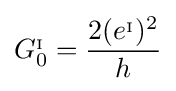
G_{0}^{_{\mathrm {I} }}={\frac {2(e^{_{\mathrm {I} }})^{2}}{h}}